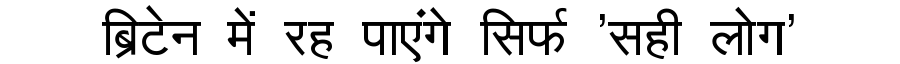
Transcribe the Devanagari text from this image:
ब्रिटेन में रह पाएंगे सिर्फ 'सही लोग'